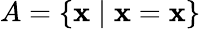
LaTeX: A=\{ \mathbf{x}\mid\mathbf{x}=\mathbf{x}\}